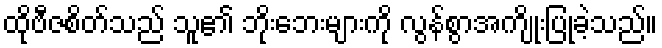
ထိုဗီဇစိတ်သည် သူ၏ ဘိုးဘေးများကို လွန်စွာအကျိုးပြုခဲ့သည်။